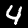
Label: 4